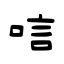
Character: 唁